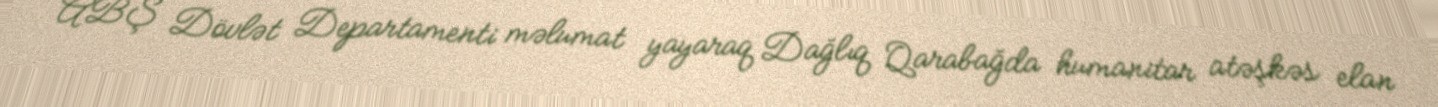
ABŞ Dövlət Departamenti məlumat yayaraq Dağlıq Qarabağda humanitar atəşkəs elan